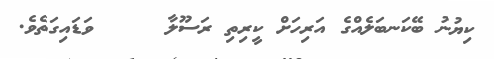
ކިޔުނު ބޭކަނބަލެއްގެ އަރިހަށް ކީރިތި ރަސޫލާ     ވަޑައިގަތެވެ.